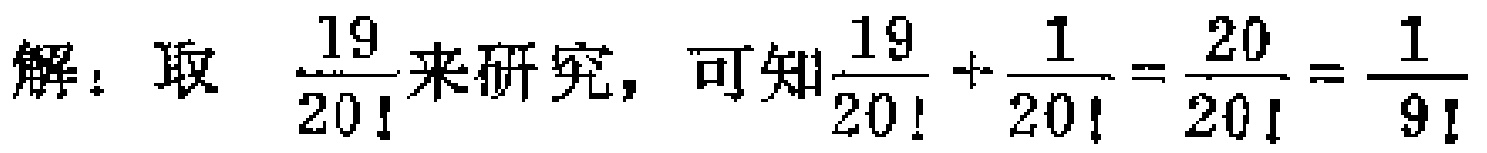
解：取 $\frac{19}{20!}$来研究，可知$\frac{19}{20!}+\frac{1}{20!}=\frac{20}{20!}=\frac{1}{9!}$